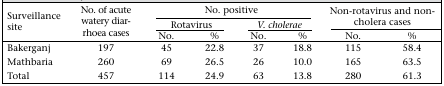
<table><thead><tr><td rowspan="3"><b>Surveillance site</b></td><td rowspan="3"><b>No. of acute watery diarrhoea cases</b></td><td colspan="4"><b>No. positive</b></td><td rowspan="2" colspan="2"><b>Non-rotavirus and non-cholera cases</b></td></tr><tr><td colspan="2"><b>Rotavirus</b></td><td colspan="2"><b><i>V. cholerae</i></b></td></tr><tr><td><b>No.</b></td><td><b>%</b></td><td><b>No.</b></td><td><b>%</b></td><td><b>No.</b></td><td><b>%</b></td></tr></thead><tbody><tr><td>Bakerganj</td><td>197</td><td>45</td><td>22.8</td><td>37</td><td>18.8</td><td>115</td><td>58.4</td></tr><tr><td>Mathbaria</td><td>260</td><td>69</td><td>26.5</td><td>26</td><td>10.0</td><td>165</td><td>63.5</td></tr><tr><td>Total</td><td>457</td><td>114</td><td>24.9</td><td>63</td><td>13.8</td><td>280</td><td>61.3</td></tr></tbody></table>